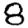
Digit: 8